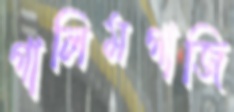
গালিমগাজি